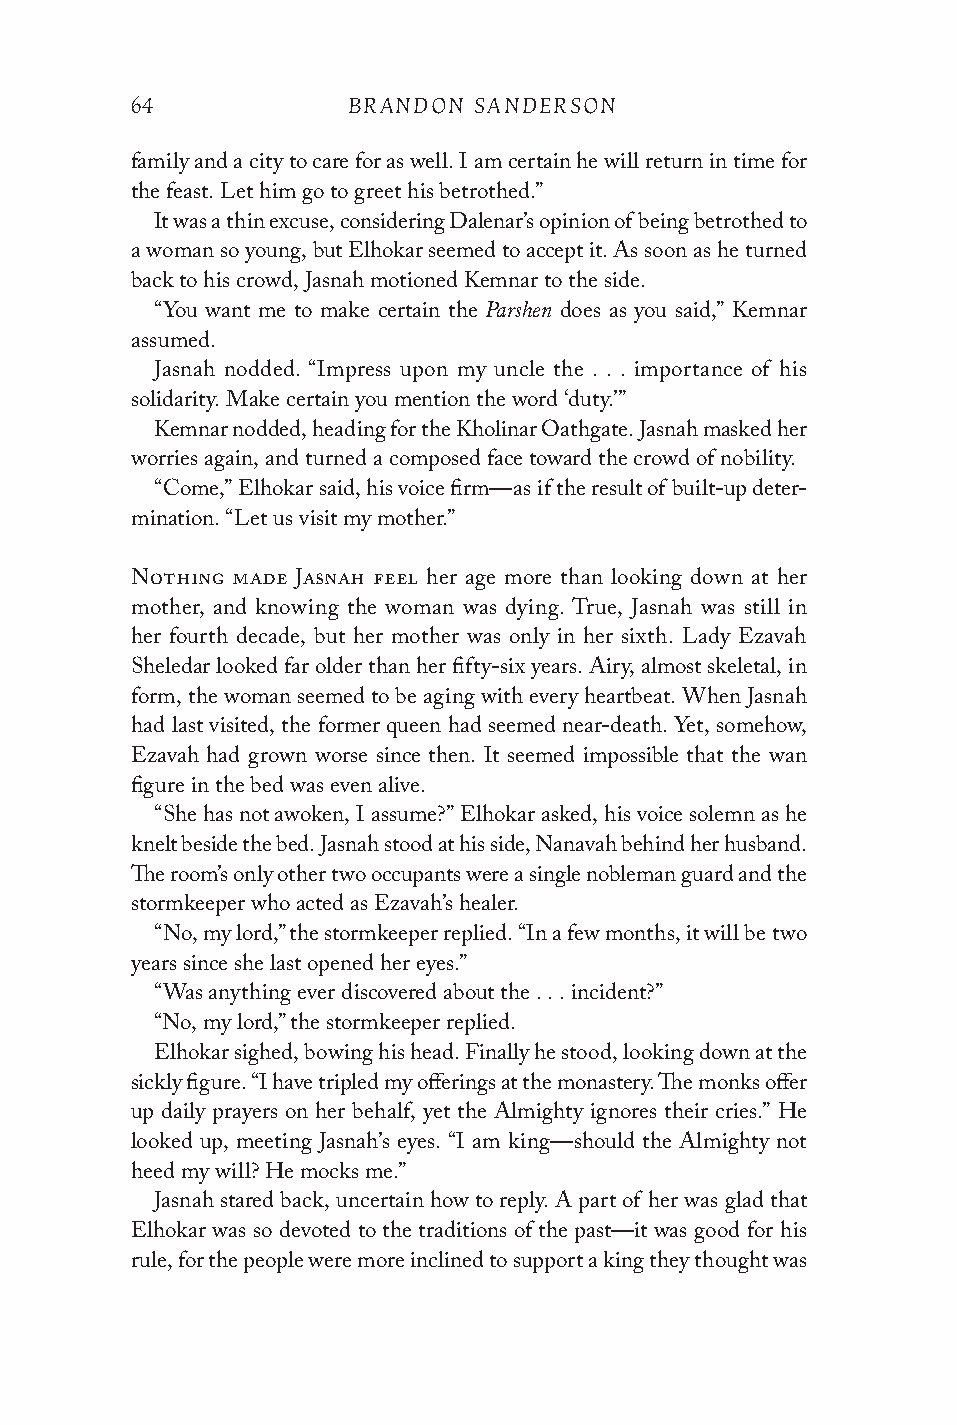
64            BRANDON SANDERSON
 family and a city to care for as well. I am certain he will return in time for
 the feast. Let him go to greet his betrothed.”
 It was a thin excuse, considering Dalenar’s opinion of being betrothed to
 a woman so young, but Elhokar seemed to accept it. As soon as he turned
 back to his crowd, Jasnah motioned Kemnar to the side.
 Parshen
 “You want me to make certain the does as you said,” Kemnar
 assumed.
 Jasnah nodded. “Impress upon my uncle the . . . importance of his
 solidarity. Make certain you mention the word ‘duty.’”
 Kemnar nodded, heading for the Kholinar Oathgate. Jasnah masked her
 worries again, and turned a composed face toward the crowd of nobility.
 “Come,” Elhokar said, his voice firm—as if the result of built-up deter-
 mination. “Let us visit my mother.”
 Nothing made Jasnah feel her age more than looking down at her
 mother, and knowing the woman was dying. True, Jasnah was still in
 her fourth decade, but her mother was only in her sixth. Lady Ezavah
 Sheledar looked far older than her fifty-six years. Airy, almost skeletal, in
 form, the woman seemed to be aging with every heartbeat. When Jasnah
 had last visited, the former queen had seemed near-death. Yet, somehow,
 Ezavah had grown worse since then. It seemed impossible that the wan
 figure in the bed was even alive.
 “She has not awoken, I assume?” Elhokar asked, his voice solemn as he
 knelt beside the bed. Jasnah stood at his side, Nanavah behind her husband.
 The room’s only other two occupants were a single nobleman guard and the
 stormkeeper who acted as Ezavah’s healer.
 “No, my lord,” the stormkeeper replied. “In a few months, it will be two
 years since she last opened her eyes.”
 “Was anything ever discovered about the . . . incident?”
 “No, my lord,” the stormkeeper replied.
 Elhokar sighed, bowing his head. Finally he stood, looking down at the
 sickly figure. “I have tripled my offerings at the monastery. The monks offer
 up daily prayers on her behalf, yet the Almighty ignores their cries.” He
 looked up, meeting Jasnah’s eyes. “I am king—should the Almighty not
 heed my will? He mocks me.”
 Jasnah stared back, uncertain how to reply. A part of her was glad that
 Elhokar was so devoted to the traditions of the past—it was good for his
 rule, for the people were more inclined to support a king they thought was